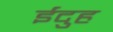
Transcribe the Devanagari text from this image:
ईदुह